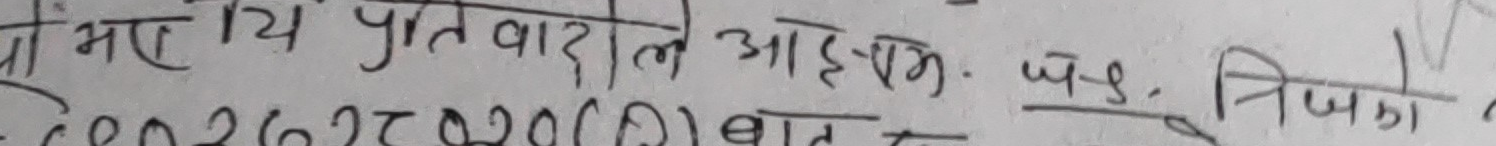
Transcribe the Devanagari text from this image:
यो भए कि प्रतिवादीले आरम्भ व. १. त्रिजुा
C-२६-०२०(१) बात